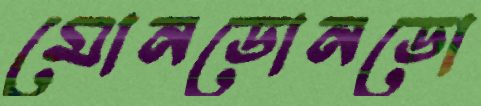
মোনডোনডো